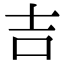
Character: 吉